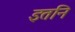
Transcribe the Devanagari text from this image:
इतनि